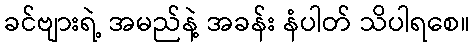
ခင်ဗျားရဲ့ အမည်နဲ့ အခန်း နံပါတ် သိပါရစေ။